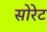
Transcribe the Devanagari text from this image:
सोरेट